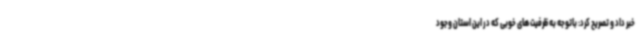
خبر داد و تصریح کرد: باتوجه به ظرفیت های خوبی که در این استان وجود